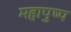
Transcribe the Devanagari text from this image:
महापुष्प